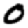
Digit: 0